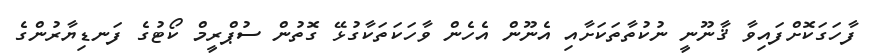
ފާހަގަކޮށްފައިވާ ޤާނޫނީ ނުކުތާތަކަށާއި އެނޫން އެހެން ވާހަކަތަކާގުޅޭ ގޮތުން ސުޕްރީމް ކޯޓުގެ ފަނޑިޔާރުންގެ